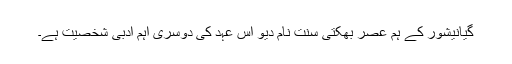
گیانیشور کے ہم عصر بھکتی سنت نام دیو اس عہد کی دوسری اہم ادبی شخصیت ہے۔